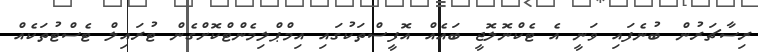
ރިސާޗަރުން ބުނެފައި ވަނީ އެ ޓެކްނޮލޮޖީ ބައެއް އޮފީސްތަކުގައި އިމްޕްލިމެންޓްކޮށްގެން ޓުރައިލް ޓެސްޓުތަކެއް